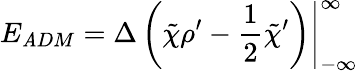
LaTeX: E_{\mathit{A}DM}=\left.{\Delta}\left(\tilde{{\chi}}{\rho}^{\prime}-{\frac{1}{2}}{\tilde{{\chi}}}^{\prime}\right)\right|_{-\infty}^{\infty}